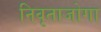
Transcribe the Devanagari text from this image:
निवृताजोगा